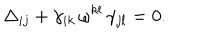
LaTeX: \Delta _ { i j } + \gamma _ { i k } \, \omega ^ { k l } \, \gamma _ { j l } = 0 .